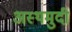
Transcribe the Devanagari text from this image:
अस्थमुदी